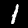
Digit: 1